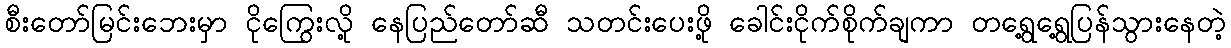
စီးတော်မြင်းဘေးမှာ ငိုကြွေးလို့ နေပြည်တော်ဆီ သတင်းပေးဖို့ ခေါင်းငိုက်စိုက်ချကာ တရွေ့ရွေ့ပြန်သွားနေတဲ့